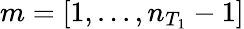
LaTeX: m=[1,...,n_{T_{1}}-1]